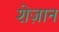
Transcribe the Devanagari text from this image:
शेज़ान